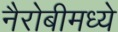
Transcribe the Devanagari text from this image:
नैरोबीमध्ये